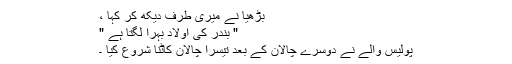
بڑھیا نے میری طرف دیکھ کر کہا ،
" بندر کی اولاد بہرا لگتا ہے "
پولیس والے نے دوسرے چالان کے بعد تیسرا چالان کاٹنا شروع کیا ۔